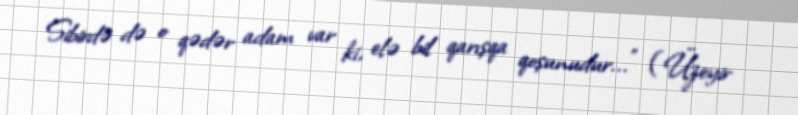
Sibirdə də o qədər adam var ki, elə bil qarışqa qoşunudur..." (Üzeyir